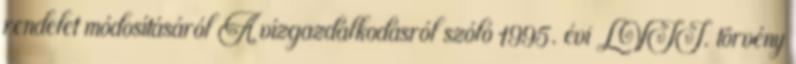
rendelet módosításáról A vízgazdálkodásról szóló 1995. évi LVII. törvény